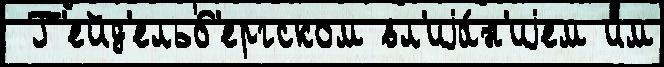
 Г'ейд'ельб'ергском вл'иjа́н'иjем им